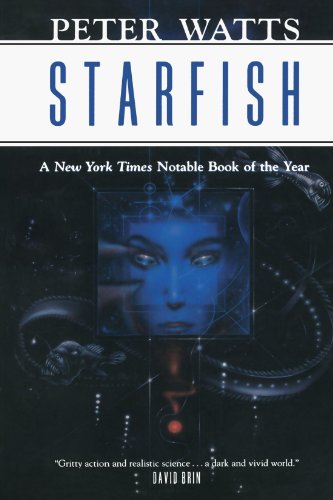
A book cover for Starfish (Rifters Trilogy); Peter Watts; Science Fiction & Fantasy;